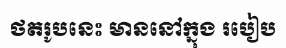
ថតរូបនេះ មាននៅក្នុង របៀប